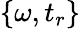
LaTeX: \{ \omega,t_{r}\}